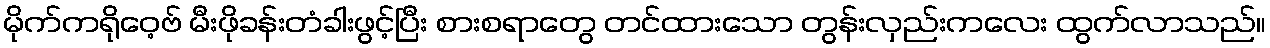
မိုက်ကရိုဝေ့ဗ် မီးဖိုခန်းတံခါးဖွင့်ပြီး စားစရာတွေ တင်ထားသော တွန်းလှည်းကလေး ထွက်လာသည်။